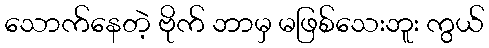
သောက်နေတဲ့ ဗိုက် ဘာမှ မဖြစ်သေးဘူး ကွယ်